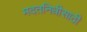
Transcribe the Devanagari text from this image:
मदतनिधीसाठी